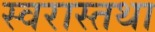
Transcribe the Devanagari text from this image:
स्वरास्तथा